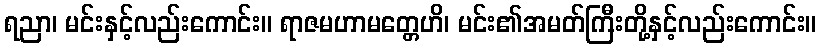
ရညာ၊ မင်းနှင့်လည်းကောင်း။ ရာဇမဟာမတ္တေဟိ၊ မင်း၏အမတ်ကြီးတို့နှင့်လည်းကောင်း။